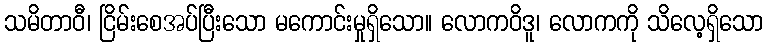
သမိတာဝီ၊ ငြိမ်းစေအပ်ပြီးသော မကောင်းမှုရှိသော။ လောကဝိဒူ၊ လောကကို သိလေ့ရှိသော